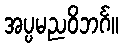
အပ္ပမညဝိဘင်္ဂ။